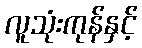
လူသုံးကုန်နှင့်